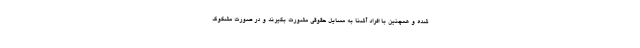
شده و همچنین با افراد آشنا به مسایل حقوقی مشورت بگیرند و در صورت مشکوک